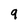
Character: 9